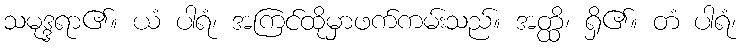
သမုဒ္ဒရာ၏။ ယံ ပါရံ၊ အကြင်ထိုမှာဖက်ကမ်းသည်။ အတ္ထိ၊ ရှိ၏။ တံ ပါရံ၊